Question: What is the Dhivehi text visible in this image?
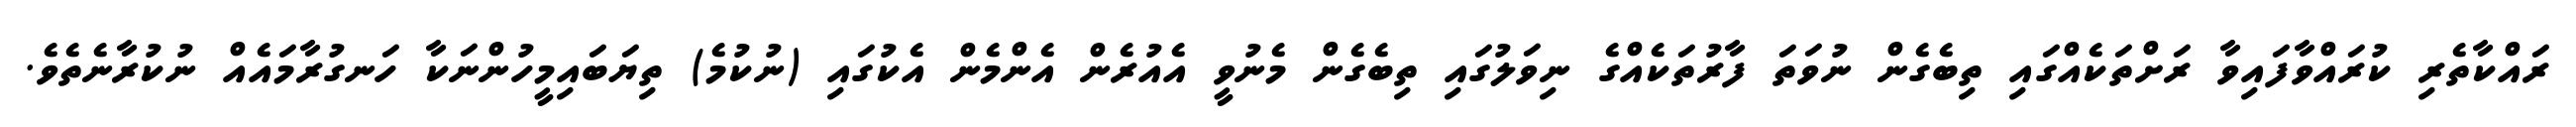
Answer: ރައްކާތެރި ކުރައްވާފައިވާ ރަށްތަކެއްގައި ތިބެގެން ނުވަތަ ފާރުތަކެއްގެ ނިވަލުގައި ތިބެގެން މެނުވީ އެއުރެން އެންމެން އެކުގައި (ނުކުމެ) ތިޔަބައިމީހުންނަކާ ހަނގުރާމައެއް ނުކުރާނެތެވެ.